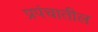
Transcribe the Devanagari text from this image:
प्रपंचातील